Annual statistical returns and brief notes on vaccination in Bengal - 1909-1929
Year: 1909
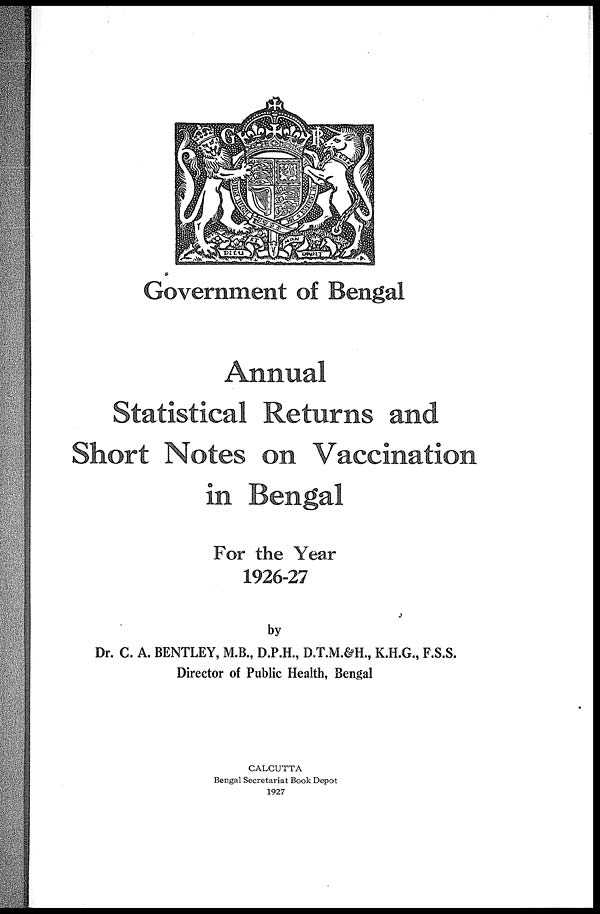
Government of Bengal
Annual
Statistical Returns and
Short Notes on Vaccination
in Bengal
For the Year
1926-27
by
Dr. C. A. BENTLEY, M.B., D.P.H., D.T.M.&H., K.H.G., F.S.S.
Director of Public Health, Bengal
CALCUTTA
Bengal Secretariat Book Depot
1927